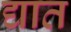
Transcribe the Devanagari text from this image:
द्यात